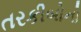
તરકીબોનો